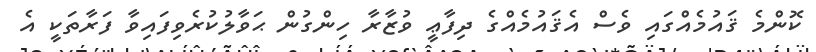
ކޮންމެ ޤައުމެއްގައި ވެސް އެޤައުމެއްގެ ދިފާޢީ ވުޒާރާ ހިންގުން ޙަވާލުކުރެވިފައިވާ ފަރާތަކީ އެ